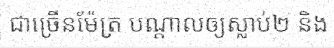
ជាច្រើនម៉ែត្រ បណ្តាលឲ្យស្លាប់២ និង